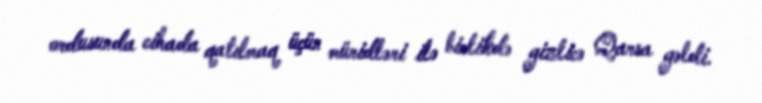
ordusunda cihada qatılmaq üçün müridləri ilə birlikdə gizlicə Qarsa gəldi.